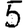
Digit: 5